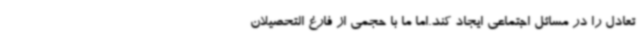
تعادل را در مسائل اجتماعی ایجاد کند.اما ما با حجمی از فارغ التحصیلان